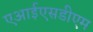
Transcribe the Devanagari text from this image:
एआईएसडीएम